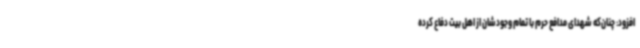
افزود: چنان‌که شهدای مدافع حرم با تمام وجودشان از اهل بیت دفاع کرده